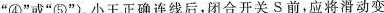
”④”或”⑤”)。小王正确连线后，闭合开关S前，应将滑动变